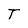
Character: T